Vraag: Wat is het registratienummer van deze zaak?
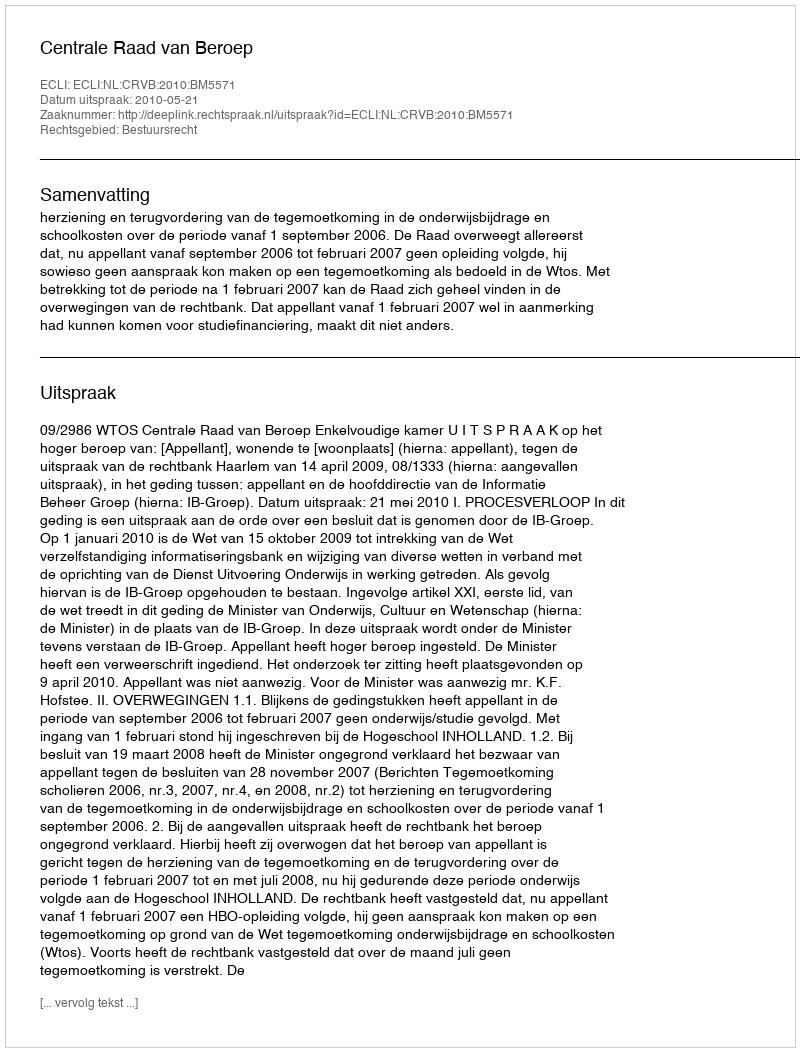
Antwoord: http://deeplink.rechtspraak.nl/uitspraak?id=ECLI:NL:CRVB:2010:BM5571